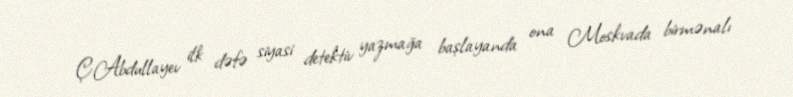
Ç.Abdullayev ilk dəfə siyasi detektiv yazmağa başlayanda ona Moskvada birmənalı